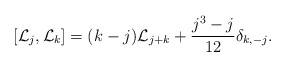
\begin{align*}\left[{\cal L}_j,{\cal L}_k\right]=(k-j){\cal L}_{j+k} + {j^3-j\over 12}\delta_{k,-j}.\end{align*}